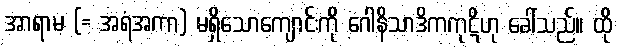
အာရာမ (= အရံအကာ) မရှိသောကျောင်းကို ဂေါနိသာဒိကကုဋိဟု ခေါ်သည်။ ထို